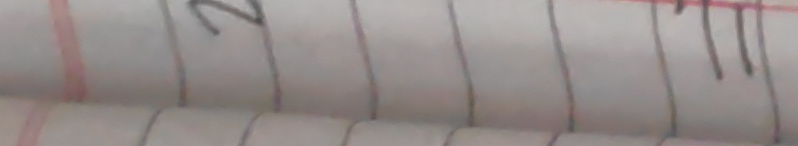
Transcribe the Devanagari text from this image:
२ ११